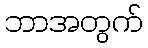
ဘာအတွက်